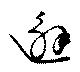
邂